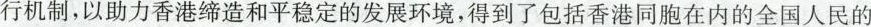
行机制，以助力香港缔造和平稳定的发展环境，得到了包括香港同胞在内的全国人民的